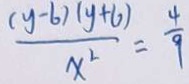
\frac { ( y - 6 ) ( y + 6 ) } { x ^ { 2 } } = \frac { 4 } { 9 }